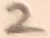
Text: 2